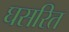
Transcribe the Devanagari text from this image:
घसरित